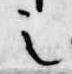
之